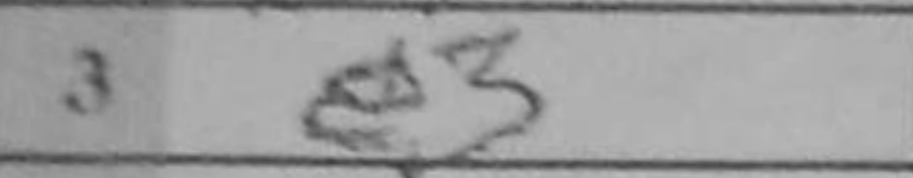
Transcription: e3